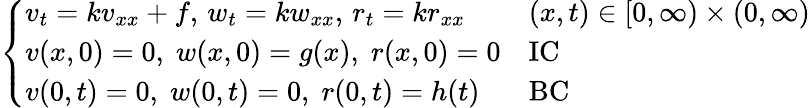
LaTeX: {\left\{ \begin{array}{ll}{v_{t}=kv_{xx}+f,\, w_{t}=kw_{xx},\, r_{t}=kr_{xx}}&{(x,t)\in[0,\infty)\times(0,\infty)}\\ {v(x,0)=0,\; w(x,0)=g(x),\; r(x,0)=0}&{{\mathrm{IC}}}\\ {v(0,t)=0,\; w(0,t)=0,\; r(0,t)=h(t)}&{{\mathrm{BC}}}\end{array}\right.}